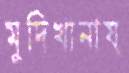
মুদিখানায়